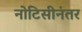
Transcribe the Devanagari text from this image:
नोटिसीनंतर